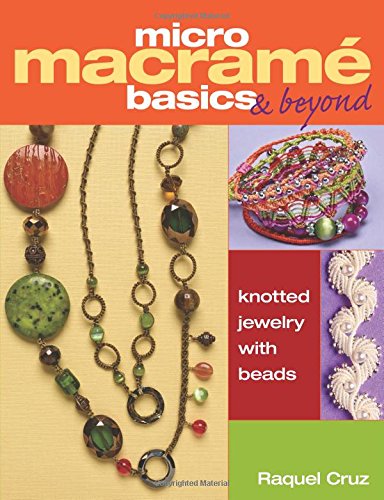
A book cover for Micro MacramÃ© Basics & Beyond: Knotted Jewelry with Beads; Raquel Cruz; Crafts, Hobbies & Home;